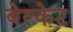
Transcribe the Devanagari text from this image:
बेल्केट